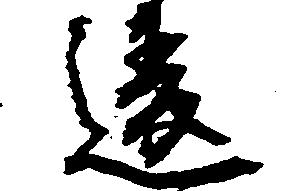
違